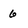
Character: 6